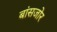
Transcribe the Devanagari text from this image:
बांसजोर